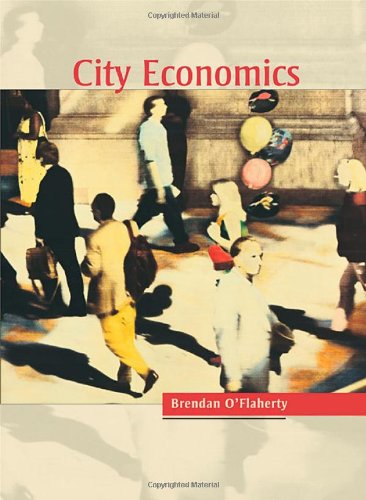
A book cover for City Economics; Brendan O'Flaherty; Business & Money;